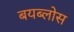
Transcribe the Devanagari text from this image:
बयब्लोस